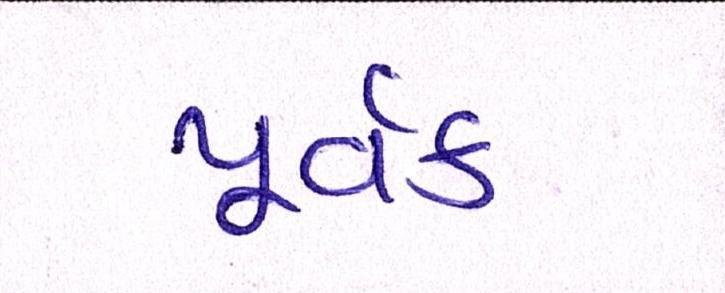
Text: પૂર્વક